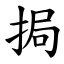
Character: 挶